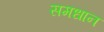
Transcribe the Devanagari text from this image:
समधान